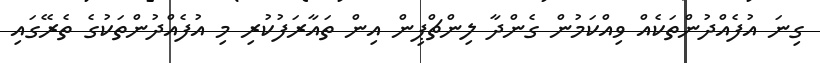
ގިނަ އުފެއްދުންތަކެއް ވިއްކަމުން ގެންދާ ލިންޗްޕިން އިން ތައާރަފުކުރި މި އުފެއްދުންތަކުގެ ތެރޭގައި